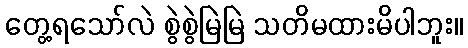
တွေ့ရသော်လဲ စွဲစွဲမြဲမြဲ သတိမထားမိပါဘူး။